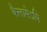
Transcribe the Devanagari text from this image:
कैलासेऽपि